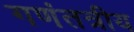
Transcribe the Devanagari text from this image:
गणंतत्रीय